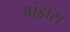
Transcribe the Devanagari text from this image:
आंड्रास